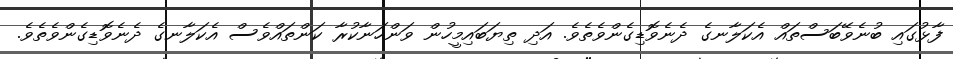
ފާޅުގައި ބުނެވޭބަސްތައް އެކަލާނގެ ދެނެވޮޑިގެންވެތެވެ. އަދި ތިޔަބައިމީހުން ވަންހަނާކުރާ ކަންތައްވެސް އެކަލާނގެ ދެނެވޮޑިގެންވެތެވެ.